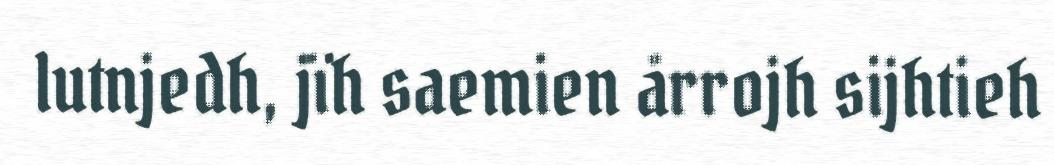
lutnjedh, jïh saemien årrojh sijhtieh